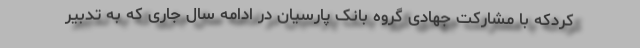
کردکه با مشارکت جهادی گروه بانک پارسیان در ادامه سال جاری که به تدبیر